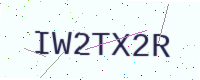
Text: IW2TX2R